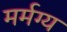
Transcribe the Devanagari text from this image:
मर्मग्य